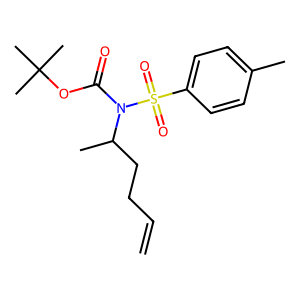
SMILES: C=CCCC(C)N(C(=O)OC(C)(C)C)S(=O)(=O)c1ccc(C)cc1
Inhibits HIV replication: No